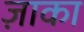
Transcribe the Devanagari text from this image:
ज़ाका